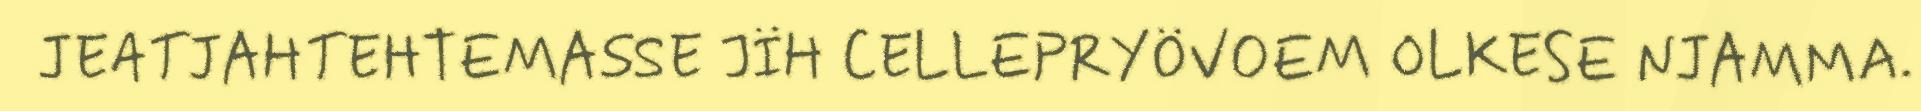
JEATJAHTEHTEMASSE JÏH CELLEPRYÖVOEM OLKESE NJAMMA.